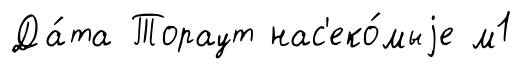
Да́та Тораут нас'еко́мыjе м1